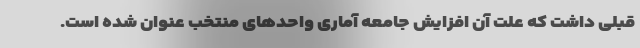
قبلی داشت که علت آن افزایش جامعه آماری واحدهای منتخب عنوان شده است.